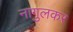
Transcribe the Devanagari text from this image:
नागुलकर